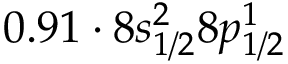
0 . 9 1 \cdot 8 s _ { 1 / 2 } ^ { 2 } 8 p _ { 1 / 2 } ^ { 1 }